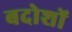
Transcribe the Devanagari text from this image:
बदोशों